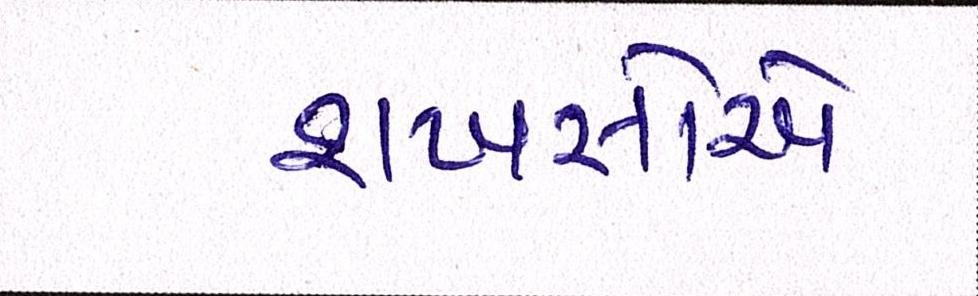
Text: શખસોએ